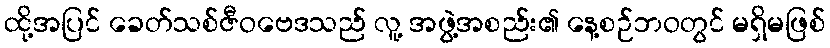
ထို့အပြင် ခေတ်သစ်ဇီဝဗေဒသည် လူ့ အဖွဲ့အစည်း၏ နေ့စဉ်ဘဝတွင် မရှိမဖြစ်